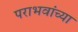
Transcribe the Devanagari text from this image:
पराभवांच्या